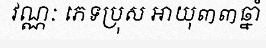
វណ្ណៈ ភេទប្រុស អាយុ៣៣ឆ្នាំ